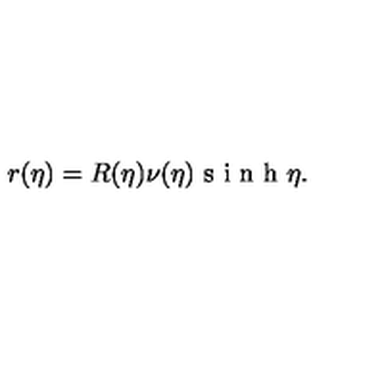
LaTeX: r ( \eta ) = R ( \eta ) \nu ( \eta ) \textrm { s i n h } \eta .